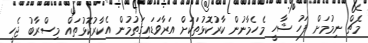
މެޗް ނިމުމަށް ފަހު ޝާހީ މެހެމާނުން ކާރުކޮޅުތަކަށް އަރާވަޑައިގަތުމުން އެކާރުކޮޅުތައް މިސްރާބު ޖެހީ